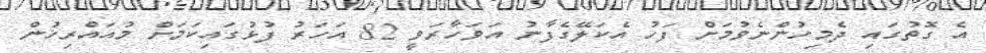
އެ ގޮތުގައި ދެމިހުންނެވުމަށް ފަހު އެކަލޭގެފާނު އަވަހާރަވީ 82 އަހަރު ފުޅުގައިކަމަށް މުއައްރިޚުން